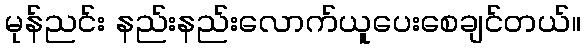
မုန်ညင်း နည်းနည်းလောက်ယူပေးစေချင်တယ်။